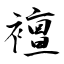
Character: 襢